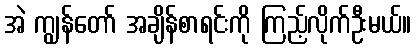
အဲ ကျွန်တော် အချိန်စာရင်းကို ကြည့်လိုက်ဦးမယ်။